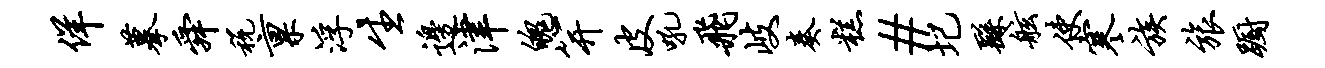
佯摹舜税禀浮生边津魄笄皮吼飞岐奏糕#圮繇舷使寒族旅蹰